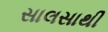
સાલસાથી